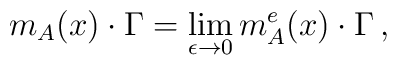
m_A(x)\cdot \Gamma =\lim_{\epsilon \to 0}m_A^e(x)\cdot \Gamma \,,